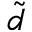
\tilde { d }